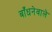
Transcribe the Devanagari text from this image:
बाँधनेवाले